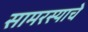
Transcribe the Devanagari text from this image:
सामरस्याचे